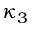
\kappa _ { 3 }